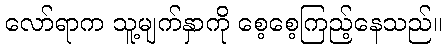
လော်ရာက သူ့မျက်နှာကို စေ့စေ့ကြည့်နေသည်။